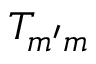
T _ { m ^ { \prime } m }